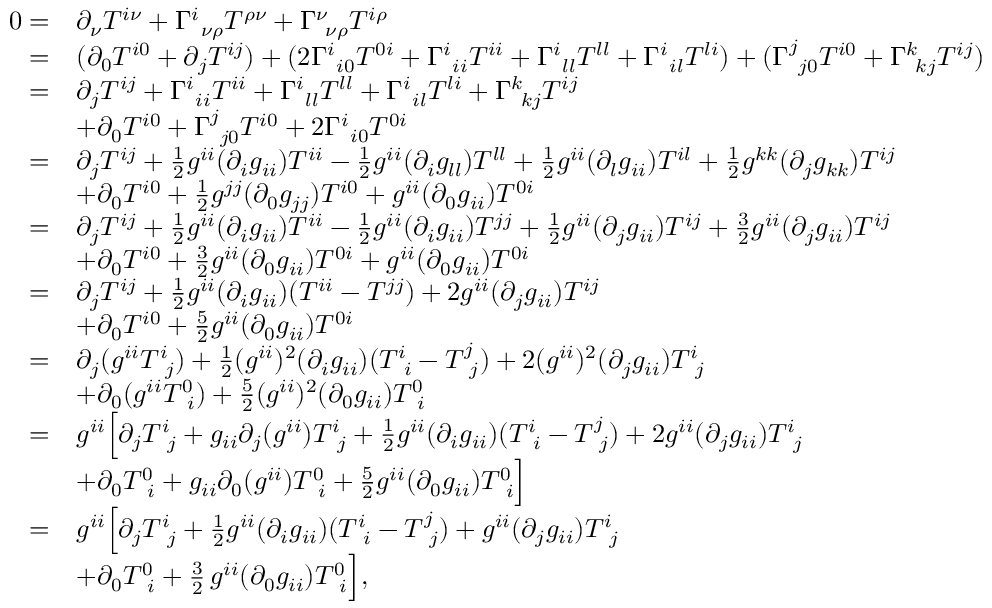
\begin{array} { r l } { 0 = } & { \partial _ { \nu } T ^ { i \nu } + \Gamma _ { \, \, \, \nu \rho } ^ { i } T ^ { \rho \nu } + \Gamma _ { \, \, \, \nu \rho } ^ { \nu } T ^ { i \rho } } \\ { = } & { ( \partial _ { 0 } T ^ { i 0 } + \partial _ { j } T ^ { i j } ) + ( 2 \Gamma _ { \, \, \, i 0 } ^ { i } T ^ { 0 i } + \Gamma _ { \, \, \, i i } ^ { i } T ^ { i i } + \Gamma _ { \, \, \, l l } ^ { i } T ^ { l l } + \Gamma _ { \, \, \, i l } ^ { i } T ^ { l i } ) + ( \Gamma _ { \, \, \, j 0 } ^ { j } T ^ { i 0 } + \Gamma _ { \, \, \, k j } ^ { k } T ^ { i j } ) } \\ { = } & { \partial _ { j } T ^ { i j } + \Gamma _ { \, \, \, i i } ^ { i } T ^ { i i } + \Gamma _ { \, \, \, l l } ^ { i } T ^ { l l } + \Gamma _ { \, \, \, i l } ^ { i } T ^ { l i } + \Gamma _ { \, \, \, k j } ^ { k } T ^ { i j } } \\ & { + \partial _ { 0 } T ^ { i 0 } + \Gamma _ { \, \, \, j 0 } ^ { j } T ^ { i 0 } + 2 \Gamma _ { \, \, \, i 0 } ^ { i } T ^ { 0 i } } \\ { = } & { \partial _ { j } T ^ { i j } + \frac { 1 } { 2 } g ^ { i i } ( \partial _ { i } g _ { i i } ) T ^ { i i } - \frac { 1 } { 2 } g ^ { i i } ( \partial _ { i } g _ { l l } ) T ^ { l l } + \frac { 1 } { 2 } g ^ { i i } ( \partial _ { l } g _ { i i } ) T ^ { i l } + \frac { 1 } { 2 } g ^ { k k } ( \partial _ { j } g _ { k k } ) T ^ { i j } } \\ & { + \partial _ { 0 } T ^ { i 0 } + \frac { 1 } { 2 } g ^ { j j } ( \partial _ { 0 } g _ { j j } ) T ^ { i 0 } + g ^ { i i } ( \partial _ { 0 } g _ { i i } ) T ^ { 0 i } } \\ { = } & { \partial _ { j } T ^ { i j } + \frac { 1 } { 2 } g ^ { i i } ( \partial _ { i } g _ { i i } ) T ^ { i i } - \frac { 1 } { 2 } g ^ { i i } ( \partial _ { i } g _ { i i } ) T ^ { j j } + \frac { 1 } { 2 } g ^ { i i } ( \partial _ { j } g _ { i i } ) T ^ { i j } + \frac { 3 } { 2 } g ^ { i i } ( \partial _ { j } g _ { i i } ) T ^ { i j } } \\ & { + \partial _ { 0 } T ^ { i 0 } + \frac { 3 } { 2 } g ^ { i i } ( \partial _ { 0 } g _ { i i } ) T ^ { 0 i } + g ^ { i i } ( \partial _ { 0 } g _ { i i } ) T ^ { 0 i } } \\ { = } & { \partial _ { j } T ^ { i j } + \frac { 1 } { 2 } g ^ { i i } ( \partial _ { i } g _ { i i } ) ( T ^ { i i } - T ^ { j j } ) + 2 g ^ { i i } ( \partial _ { j } g _ { i i } ) T ^ { i j } } \\ & { + \partial _ { 0 } T ^ { i 0 } + \frac { 5 } { 2 } g ^ { i i } ( \partial _ { 0 } g _ { i i } ) T ^ { 0 i } } \\ { = } & { \partial _ { j } ( g ^ { i i } T _ { \, \, \, j } ^ { i } ) + \frac { 1 } { 2 } ( g ^ { i i } ) ^ { 2 } ( \partial _ { i } g _ { i i } ) ( T _ { \, \, \, i } ^ { i } - T _ { \, \, \, j } ^ { j } ) + 2 ( g ^ { i i } ) ^ { 2 } ( \partial _ { j } g _ { i i } ) T _ { \, \, \, j } ^ { i } } \\ & { + \partial _ { 0 } ( g ^ { i i } T _ { \, \, \, i } ^ { 0 } ) + \frac { 5 } { 2 } ( g ^ { i i } ) ^ { 2 } ( \partial _ { 0 } g _ { i i } ) T _ { \, \, \, i } ^ { 0 } } \\ { = } & { g ^ { i i } \Big [ \partial _ { j } T _ { \, \, \, j } ^ { i } + g _ { i i } \partial _ { j } ( g ^ { i i } ) T _ { \, \, \, j } ^ { i } + \frac { 1 } { 2 } g ^ { i i } ( \partial _ { i } g _ { i i } ) ( T _ { \, \, \, i } ^ { i } - T _ { \, \, \, j } ^ { j } ) + 2 g ^ { i i } ( \partial _ { j } g _ { i i } ) T _ { \, \, \, j } ^ { i } } \\ & { + \partial _ { 0 } T _ { \, \, \, i } ^ { 0 } + g _ { i i } \partial _ { 0 } ( g ^ { i i } ) T _ { \, \, \, i } ^ { 0 } + \frac { 5 } { 2 } g ^ { i i } ( \partial _ { 0 } g _ { i i } ) T _ { \, \, \, i } ^ { 0 } \Big ] } \\ { = } & { g ^ { i i } \Big [ \partial _ { j } T _ { \, \, \, j } ^ { i } + \frac { 1 } { 2 } g ^ { i i } ( \partial _ { i } g _ { i i } ) ( T _ { \, \, \, i } ^ { i } - T _ { \, \, \, j } ^ { j } ) + g ^ { i i } ( \partial _ { j } g _ { i i } ) T _ { \, \, \, j } ^ { i } } \\ & { + \partial _ { 0 } T _ { \, \, \, i } ^ { 0 } + \frac { 3 } { 2 } \, g ^ { i i } ( \partial _ { 0 } g _ { i i } ) T _ { \, \, \, i } ^ { 0 } \Big ] , } \end{array}